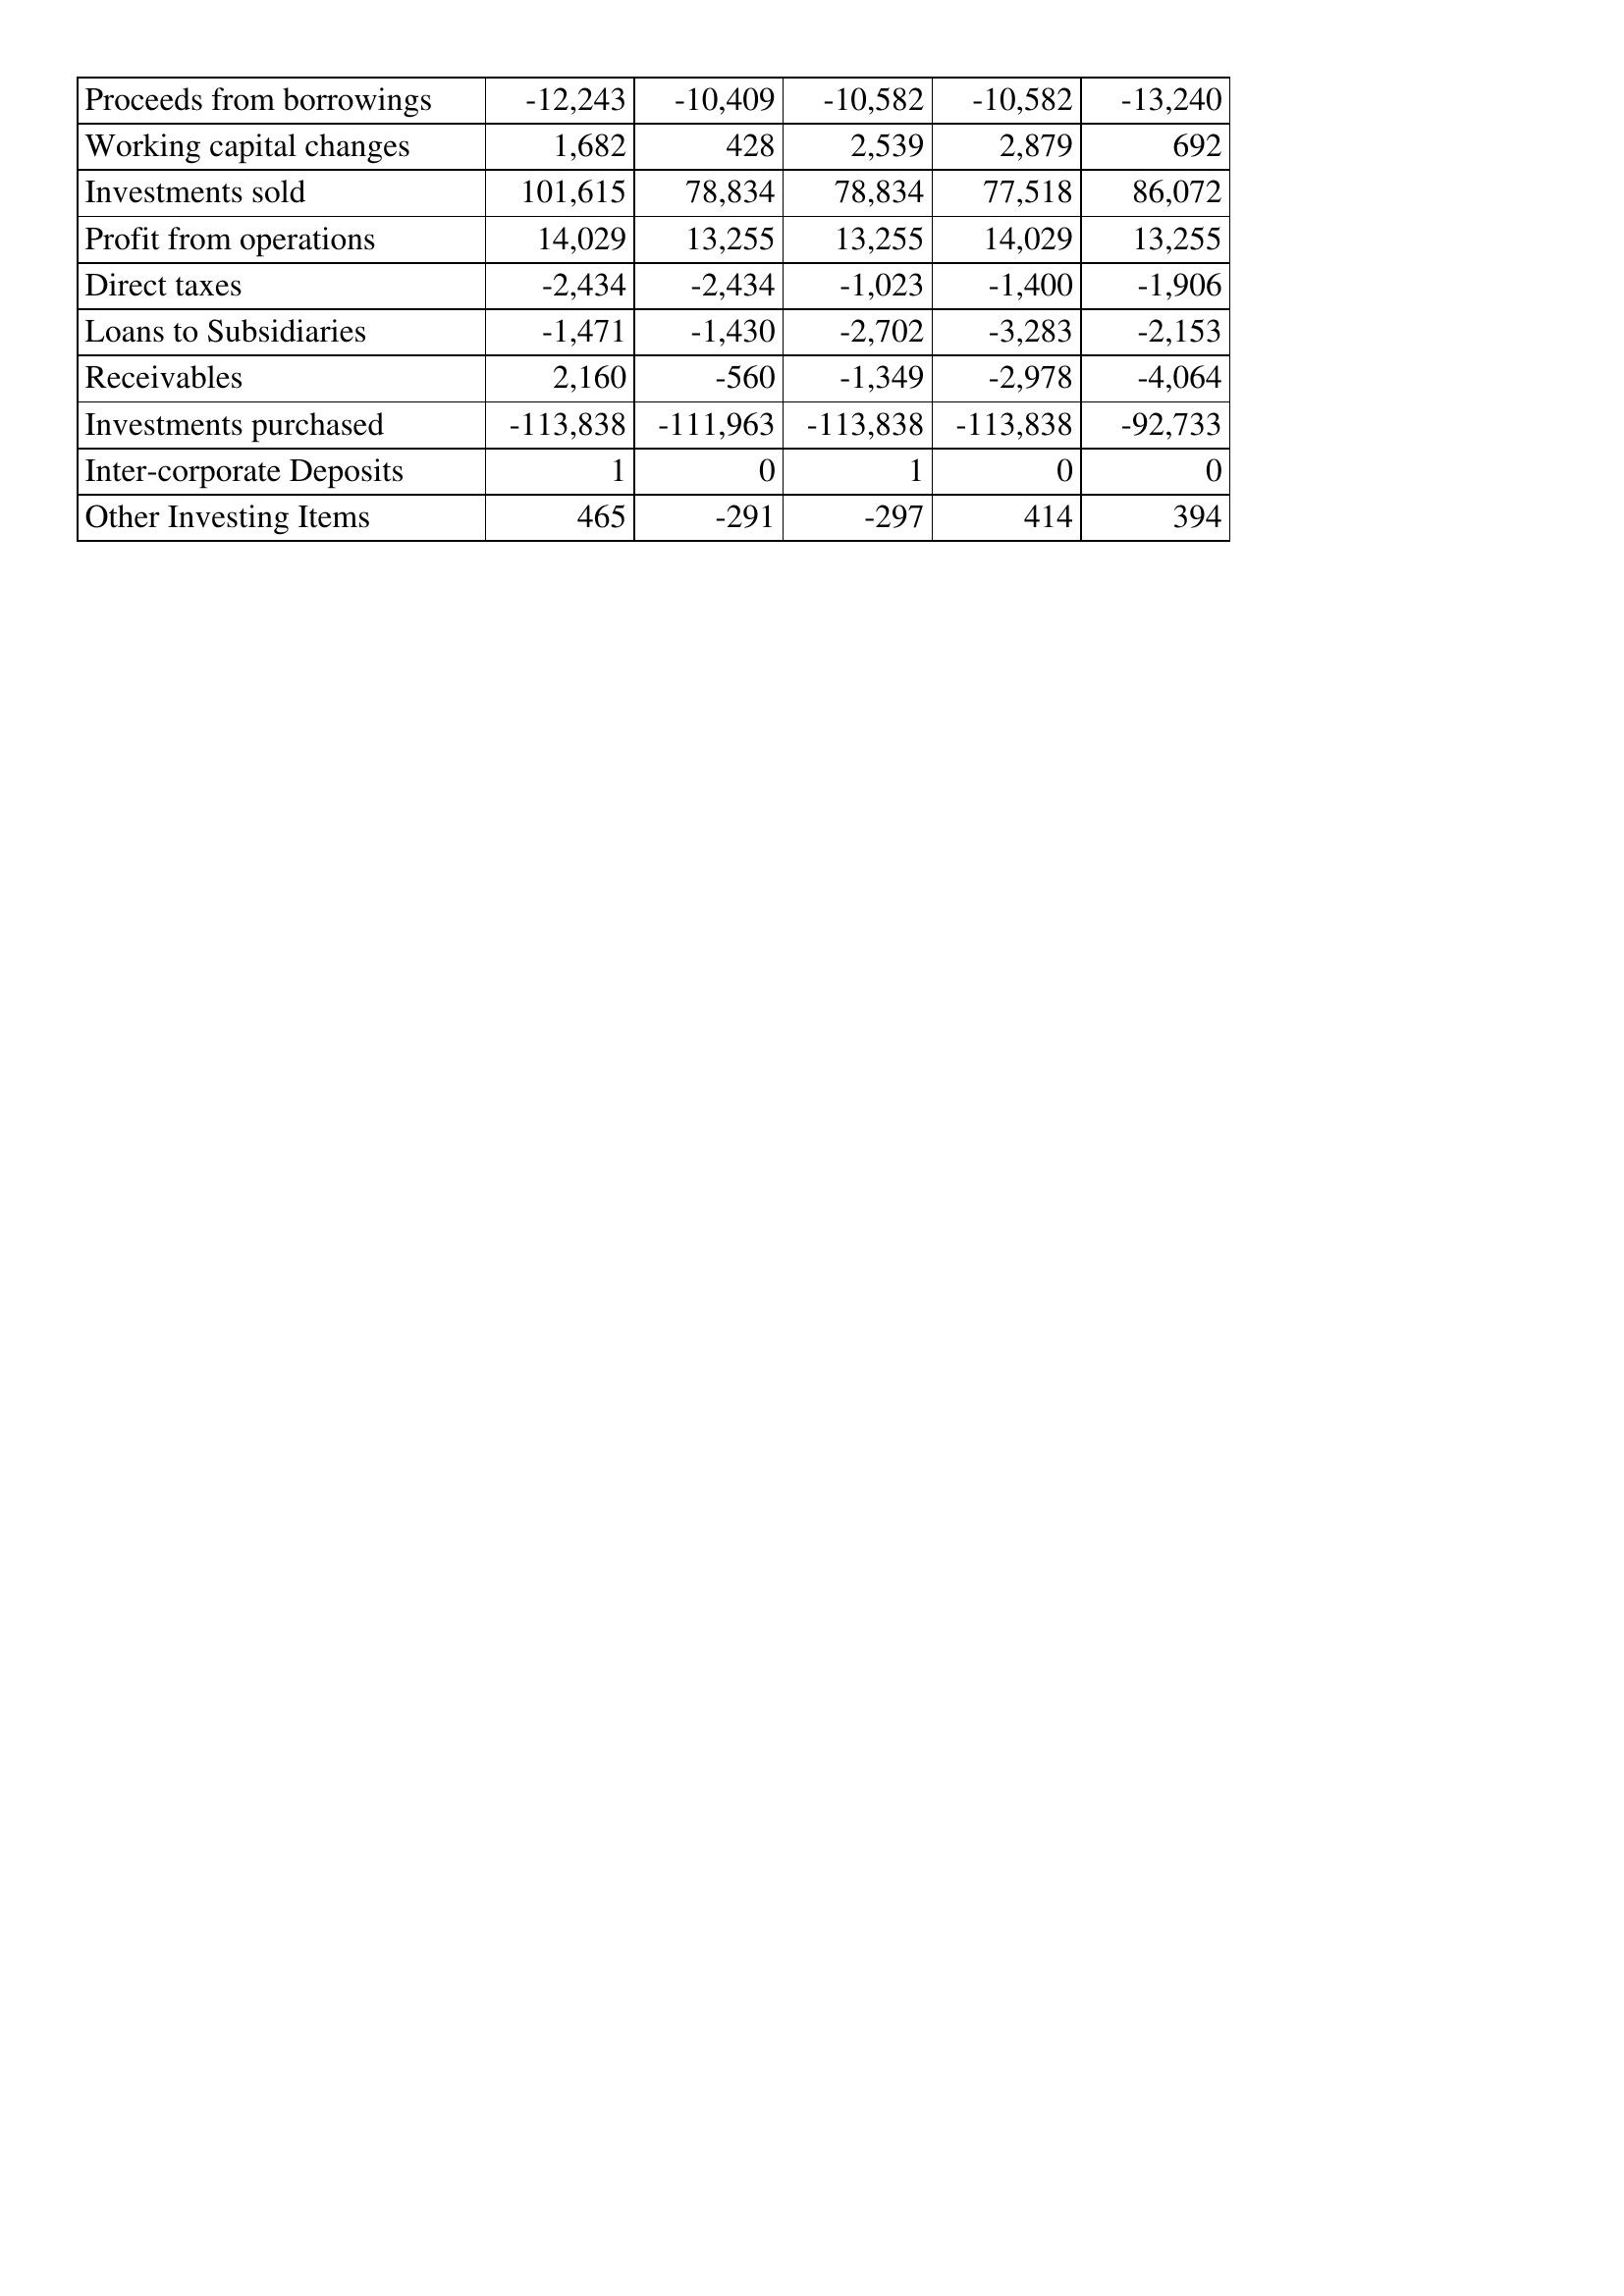
May-17: Cash Flows: Proceeds from borrowings: -12,243
Working capital changes: 1,682
Investments sold: 101,615
Profit from operations: 14,029
Direct taxes: -2,434
Loans to Subsidiaries: -1,471
Receivables: 2,160
Investments purchased: -113,838
Inter-corporate Deposits: 1
Other Investing Items: 465
May-18: Cash Flows: Proceeds from borrowings: -10,409
Working capital changes: 428
Investments sold: 78,834
Profit from operations: 13,255
Direct taxes: -2,434
Loans to Subsidiaries: -1,430
Receivables: -560
Investments purchased: -111,963
Inter-corporate Deposits: 0
Other Investing Items: -291
May-19: Cash Flows: Proceeds from borrowings: -10,582
Working capital changes: 2,539
Investments sold: 78,834
Profit from operations: 13,255
Direct taxes: -1,023
Loans to Subsidiaries: -2,702
Receivables: -1,349
Investments purchased: -113,838
Inter-corporate Deposits: 1
Other Investing Items: -297
May-20: Cash Flows: Proceeds from borrowings: -10,582
Working capital changes: 2,879
Investments sold: 77,518
Profit from operations: 14,029
Direct taxes: -1,400
Loans to Subsidiaries: -3,283
Receivables: -2,978
Investments purchased: -113,838
Inter-corporate Deposits: 0
Other Investing Items: 414
May-21: Cash Flows: Proceeds from borrowings: -13,240
Working capital changes: 692
Investments sold: 86,072
Profit from operations: 13,255
Direct taxes: -1,906
Loans to Subsidiaries: -2,153
Receivables: -4,064
Investments purchased: -92,733
Inter-corporate Deposits: 0
Other Investing Items: 394